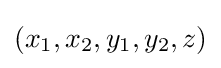
(x_{1},x_{2},y_{1},y_{2},z)